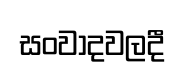
සංවාදවලදී